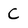
Character: C